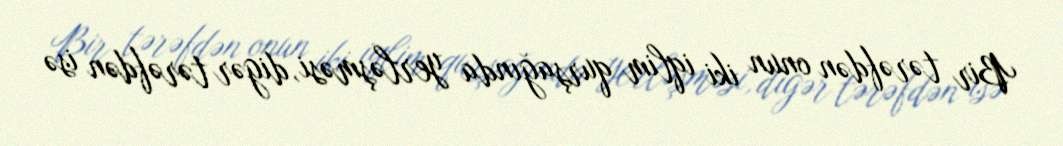
Bir tərəfdən onun iki iqlim qurşağında yerləşməsi, digər tərəfdən isə